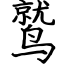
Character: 鹫